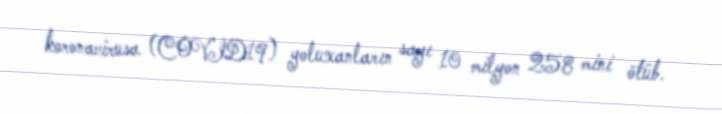
koronavirusa (COVID19) yoluxanların sayı 10 milyon 258 mini ötüb.